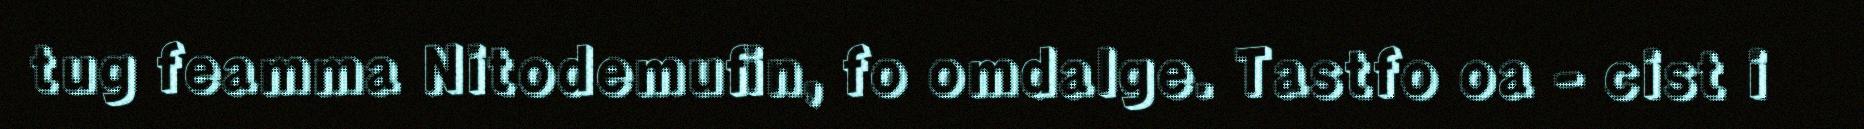
tug feamma Nitodemufin, fo omdalge. Tastfo oa - cist i